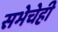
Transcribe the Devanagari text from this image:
सभेचेही